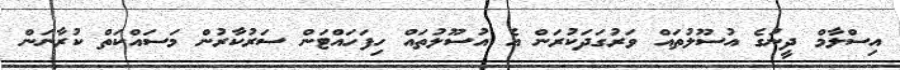
އިސްލާމް ދީނުގެ އުސޫލުތައް ވަރުގަދަކުރަން އެ އުސޫލުތައް ހިފަހައްޓަން ސަރުކާރުން މަސައްކަތް ކުރާނަން